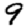
Digit: 9